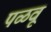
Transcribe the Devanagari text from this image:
पळवू